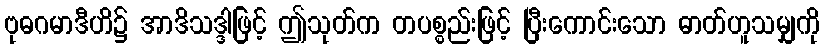
ဗုဓဂမာဒီဟိ၌ အာဒိသဒ္ဒါဖြင့် ဤသုတ်က တပစ္စည်းဖြင့် ပြီးကောင်းသော ဓာတ်ဟူသမျှကို